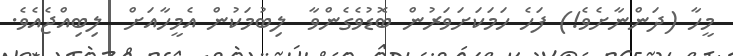
މީހާ (ދަންނާށެވެ!) ފަހެ ހަމަކަށަވަރުން ބޮޑުވެގެންވާ  ލިބުމަކުން އެމީހާއަށް  ލިބިއްޖެއެވެ.